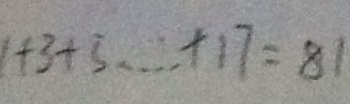
1 + 3 + 5 \cdots + 1 7 = 8 1